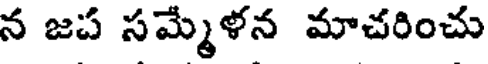
న జప సమ్మేళన మాచరించు